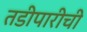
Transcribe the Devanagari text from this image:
तडीपारीची